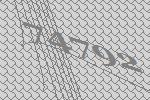
74792